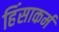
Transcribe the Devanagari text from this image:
हिंसाकर्म